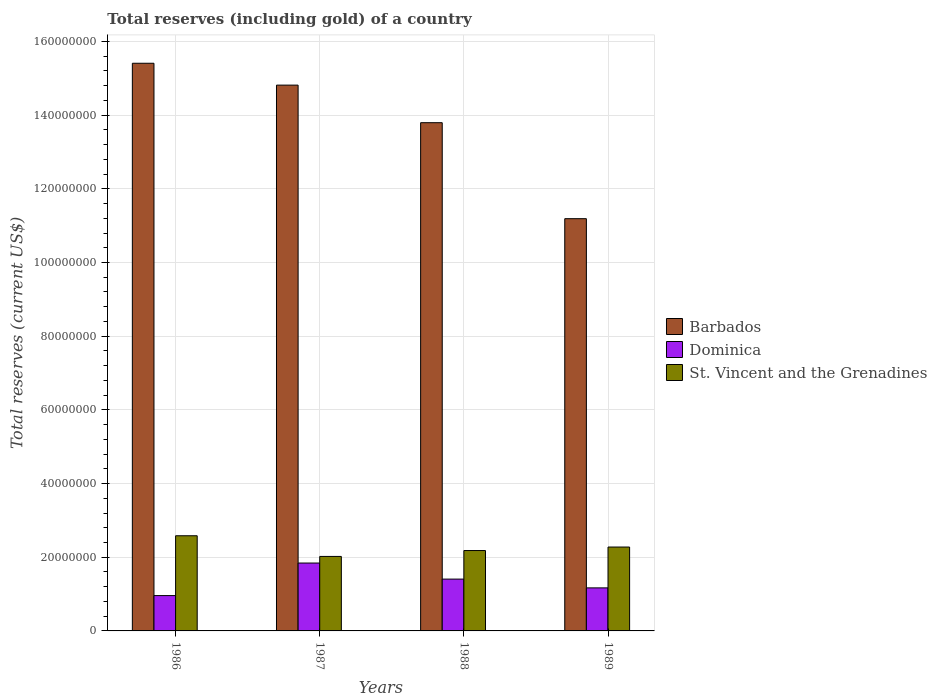
| Years | Barbados | Dominica | St. Vincent and the Grenadines |
 | --- | --- | --- | --- |
 | 1986 | 1.54e+08 | 9.59e+06 | 2.58e+07 |
 | 1987 | 1.48e+08 | 1.84e+07 | 2.02e+07 |
 | 1988 | 1.38e+08 | 1.41e+07 | 2.18e+07 |
 | 1989 | 1.12e+08 | 1.17e+07 | 2.28e+07 |